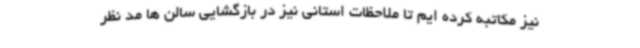
نیز مکاتبه کرده ایم تا ملاحظات استانی نیز در بازگشایی سالن ها مد نظر